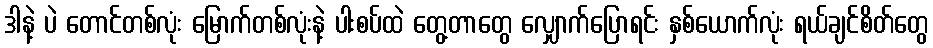
ဒါနဲ့ ပဲ တောင်တစ်လုံး မြောက်တစ်လုံးနဲ့ ပါးစပ်ထဲ တွေ့တာတွေ လျှောက်ပြောရင်း နှစ်ယောက်လုံး ရယ်ချင်စိတ်တွေ